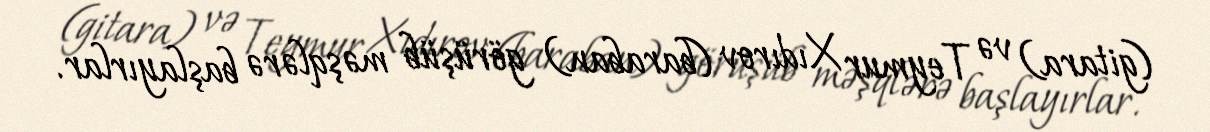
(gitara) və Teymur Xıdırov (baraban) görüşüb məşqlərə başlayırlar.